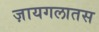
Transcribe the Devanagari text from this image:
ज़ायगलातस